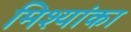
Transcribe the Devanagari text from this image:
मिश्यांका